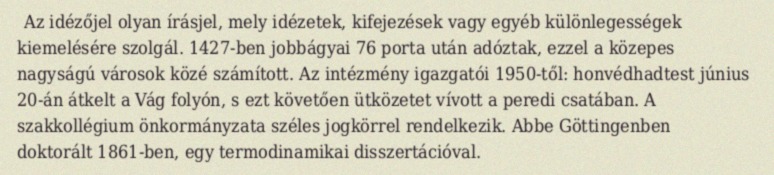
Az idézőjel olyan írásjel, mely idézetek, kifejezések vagy egyéb különlegességek kiemelésére szolgál. 1427-ben jobbágyai 76 porta után adóztak, ezzel a közepes nagyságú városok közé számított. Az intézmény igazgatói 1950-től: honvédhadtest június 20-án átkelt a Vág folyón, s ezt követően ütközetet vívott a peredi csatában. A szakkollégium önkormányzata széles jogkörrel rendelkezik. Abbe Göttingenben doktorált 1861-ben, egy termodinamikai disszertációval.